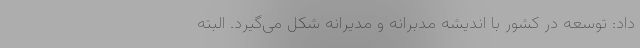
داد: توسعه در کشور با اندیشه مدبرانه و مدیرانه شکل می‌گیرد. البته